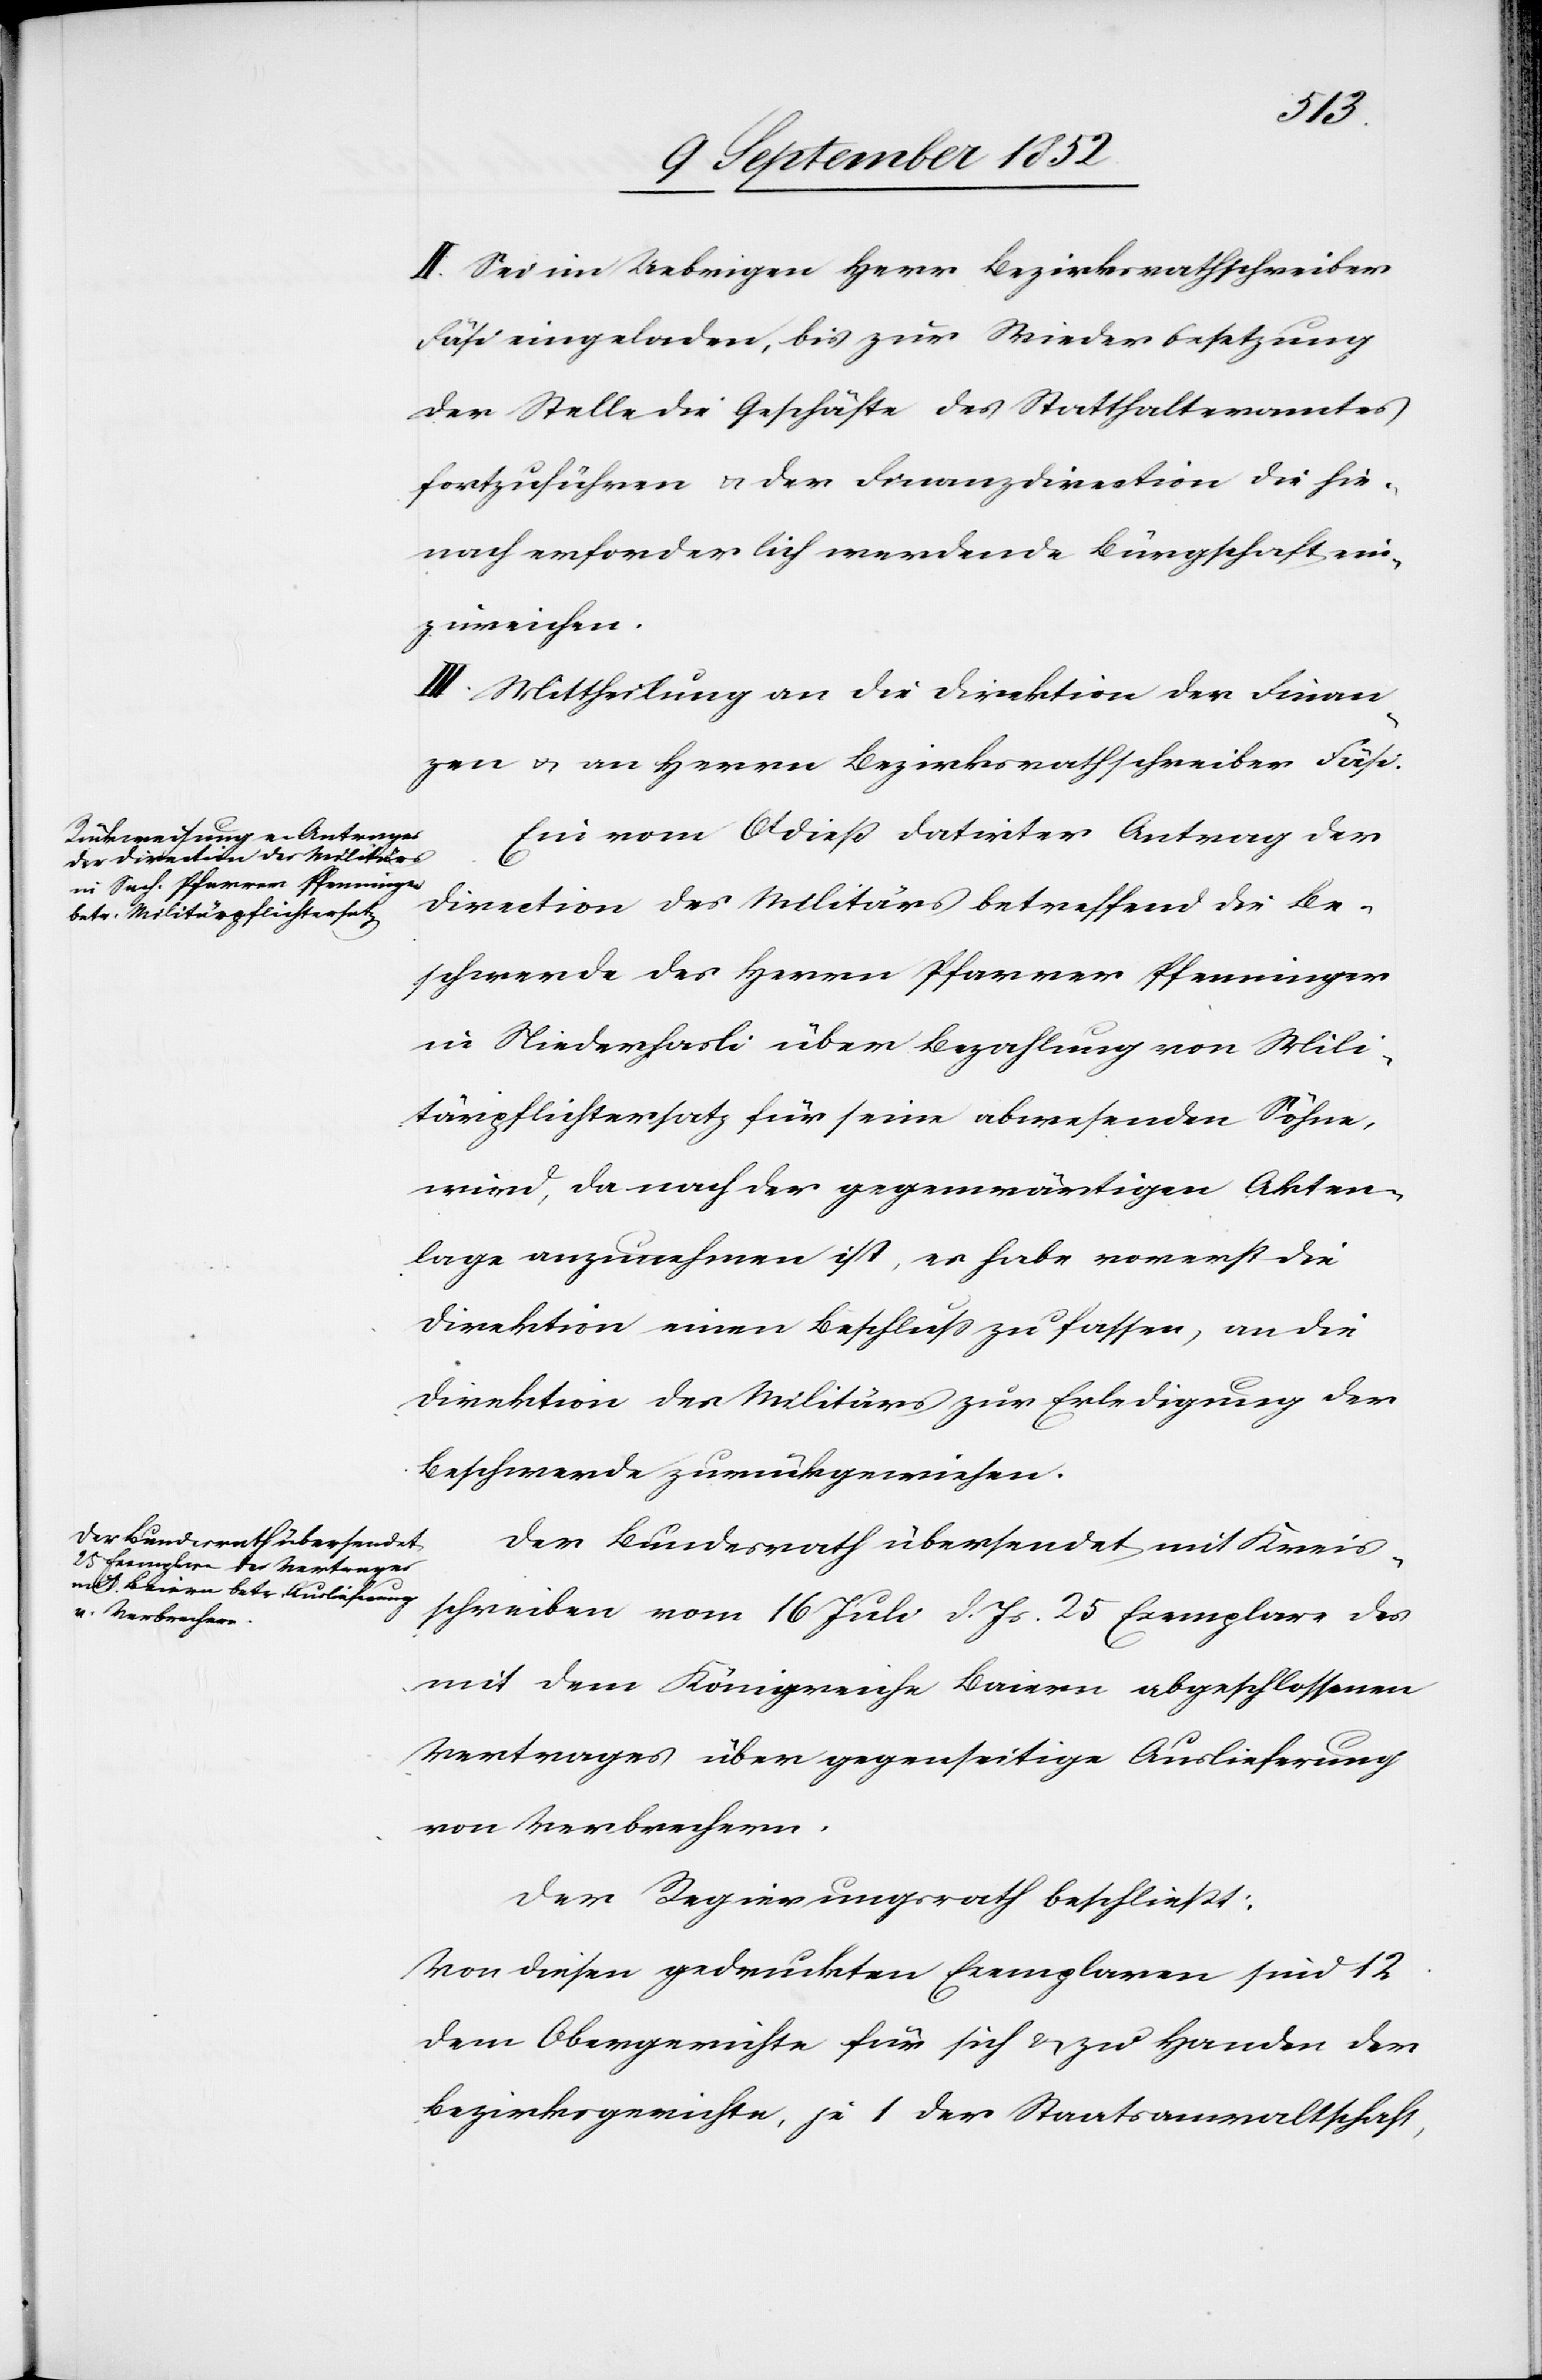
II. Sei im Uebrigen Herr Bezirksrathschreiber
Fäsi eingeladen, bis zur Wiederbesetzung
der Stelle die Geschäfte des Statthalteramtes
fortzuführen & der Finanzdirection die hie¬
nach erforderlich werdende Bürgschaft ein¬
zureichen.
III. Mittheilung an die Direktion der Finan¬
zen & an Herrn Bezirksrathschreiber Fäsi.
Ein vom 6t dieß datirter Antrag der
Direction des Militärs betreffend die Be¬
schwerde des Herrn Pfarrer Pfenninger
in Niederhasli über Bezahlung von Mili¬
tärpflichtersatz für seine abwesenden Söhne,
wird, da nach der gegenwärtigen Akten¬
lage anzunehmen ist, es habe vorerst die
Direktion einen Beschluss zu fassen, an die
Direktion des Militärs zur Erledigung der
Beschwerde zurückgewiesen.
Der Bundesrath übersendet mit Kreis¬
schreiben vom 16 Juli d. Js. 25 Exemplare des
mit dem Königreiche Baiern abgeschlossenen
Vertrages über gegenseitige Auslieferung
von Verbrechern.
Der Regierungsrath beschließt:
Von diesen gedruckten Exemplaren sind 12
dem Obergerichte für sich & zu Handen der
Bezirksgerichte, je 1 der Staatsanwaltschaft,